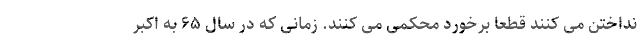
نداختن می کنند قطعا برخورد محکمی می کنند. زمانی که در سال ۶۵ به اکبر